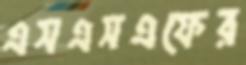
এসএসএফের